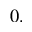
0 .